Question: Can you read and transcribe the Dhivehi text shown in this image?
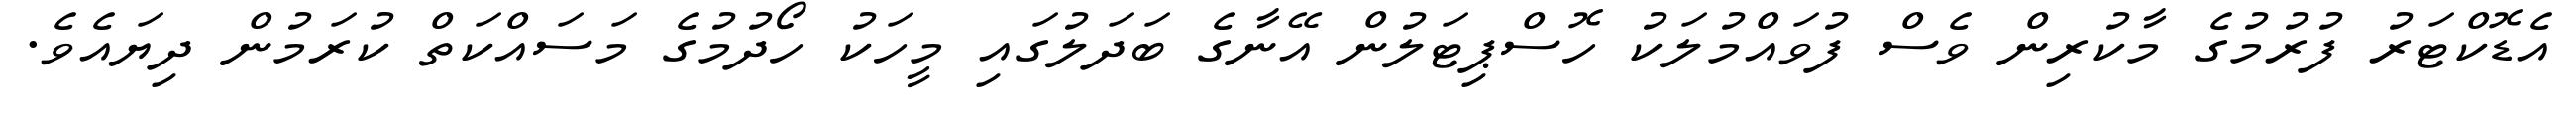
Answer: އެޑޮކްޓަރު ފުރުމުގެ މާކުރިން ވެސް ފުވައްމުލަކު ހޮސްޕިޓަލުން އޭނާގެ ބަދަލުގައި މީހަކު ހޯދުމުގެ މަސައްކަތް ކުރަމުން ދިޔައެވެ.